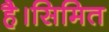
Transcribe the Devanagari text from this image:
है।सिमित